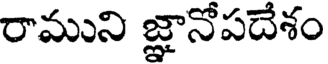
రాముని జ్ఞానోపదేశం